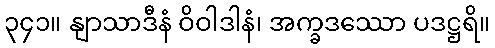
၃၄၁။ နျာသာဒီနံ ဝိဝါဒါနံ၊ အက္ခဒဿော ပဒဋ္ဌရိ။